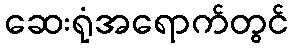
ဆေးရုံအရောက်တွင်